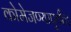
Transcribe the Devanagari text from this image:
कोमेजण्यापूर्वीच